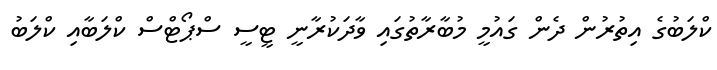
ކްލަބުގެ އިތުރުން ދެން ގައުމީ މުބާރާތުގައި ވާދަކުރާނީ ޓީސީ ސްޕޯޓްސް ކްލަބާއި ކްލަބު